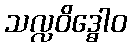
သလ္လဝိဒ္ဓေါဝ